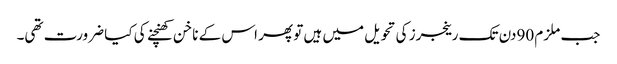
جب ملزم 90دن تک رینجرز کی تحویل میں ہیں تو پھر اس کے ناخن کھنچنے کی کیا ضرورت تھی۔